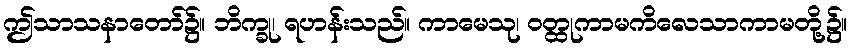
ဤသာသနာတော်၌။ ဘိက္ခု၊ ရဟန်းသည်။ ကာမေသု၊ ဝတ္ထုကာမကိလေသာကာမတို့၌။